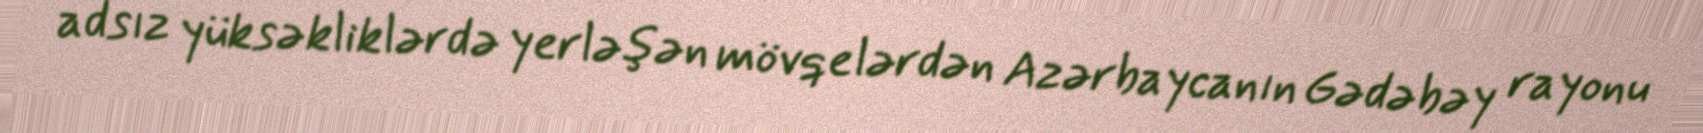
adsız yüksəkliklərdə yerləşən mövqelərdən Azərbaycanın Gədəbəy rayonu